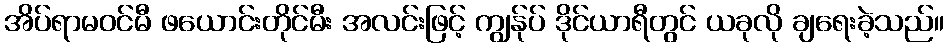
အိပ်ရာမဝင်မီ ဖယောင်းတိုင်မီး အလင်းဖြင့် ကျွန်ုပ် ဒိုင်ယာရီတွင် ယခုလို ချရေးခဲ့သည်။